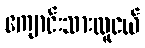
ကျောင်းသားလူငယ်